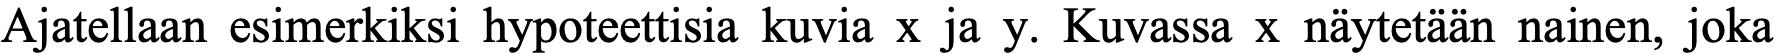
Ajatellaan esimerkiksi hypoteettisia kuvia x ja y. Kuvassa x näytetään nainen, joka